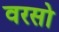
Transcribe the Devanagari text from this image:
वरसो